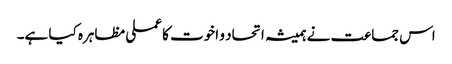
اس جماعت نے ہمیشہ اتحاد و اخوت کا عملی مظاہرہ کیا ہے۔